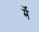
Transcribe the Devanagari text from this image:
र्में